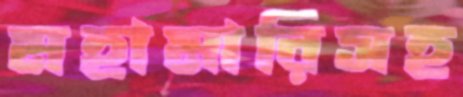
মহামারিসহ